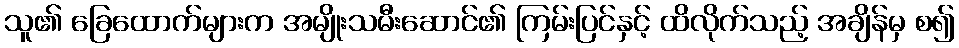
သူ၏ ခြေထောက်များက အမျိုးသမီးဆောင်၏ ကြမ်းပြင်နှင့် ထိလိုက်သည့် အချိန်မှ စ၍